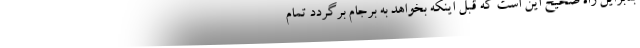
بنابراین راه صحیح این است که قبل اینکه بخواهد به برجام برگردد تمام